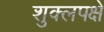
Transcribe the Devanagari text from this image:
शुक्लपक्षे